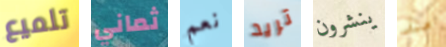
تلميع ثماني نعم تريد ينشرون منذ